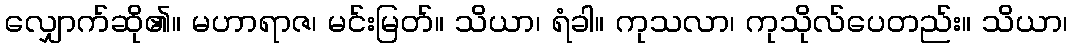
လျှောက်ဆို၏။ မဟာရာဇ၊ မင်းမြတ်။ သိယာ၊ ရံခါ။ ကုသလာ၊ ကုသိုလ်ပေတည်း။ သိယာ၊